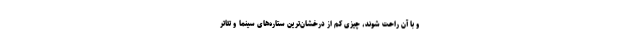
و با آن راحت شوند، چیزی کم از درخشان‌ترین ستاره‌های سینما و تئاتر